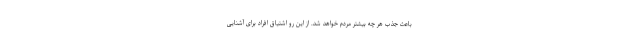
باعث جذب هر چه بیشتر مردم خواهد شد. از این رو اشتیاق افراد برای آشنایی